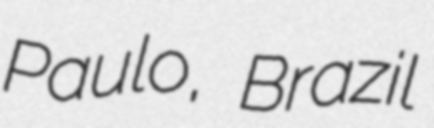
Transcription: Paulo, Brazil